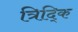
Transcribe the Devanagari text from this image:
त्रिद्कि